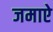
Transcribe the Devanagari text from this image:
जमाऐ